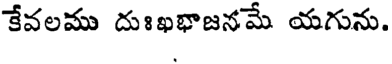
కేవలము దుఃఖభాజనమే యగును.